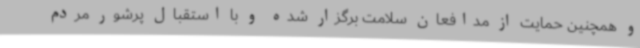
و همچنین حمایت از مدافعان سلامت برگزار شده و با استقبال پرشور مردم